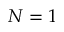
N = 1